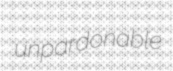
unpardonable